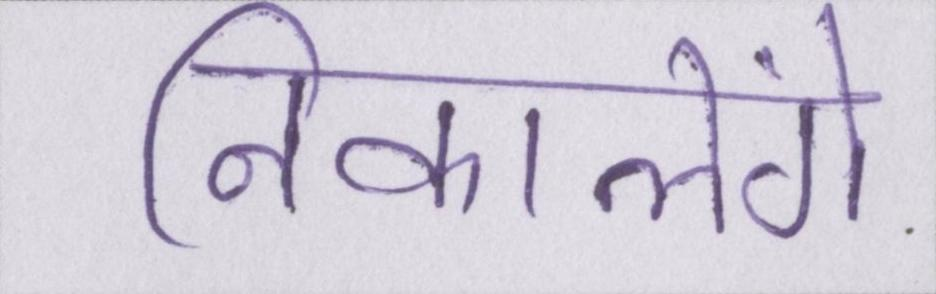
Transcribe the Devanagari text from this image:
निकालेंगे